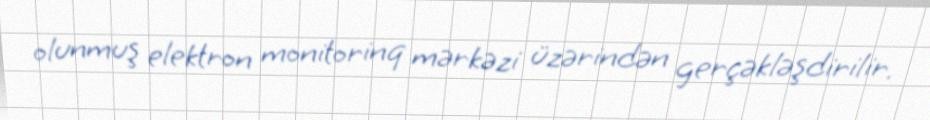
olunmuş elektron monitorinq mərkəzi üzərindən gerçəkləşdirilir.